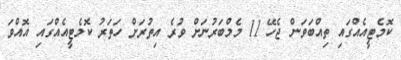
ކޮމެޓީއެއްގައި ތިއްބަވަން ޖެހޭ 11 މެމްބަރުނަށް ވުރެ އިތުރަށް ހަތަރު ކޮމެޓީއެއްގައި އޮއްވަ